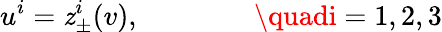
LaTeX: u^{i}=\mathit{z}_{\pm}^{i}(v),\quad\quad\quad\quad\quadi=1,2,3